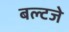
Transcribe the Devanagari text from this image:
बल्टजे